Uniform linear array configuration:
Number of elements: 4
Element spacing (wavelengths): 0.25
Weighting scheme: binomial
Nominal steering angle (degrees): -15
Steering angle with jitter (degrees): -13.654
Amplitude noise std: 0.05
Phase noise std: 0.05

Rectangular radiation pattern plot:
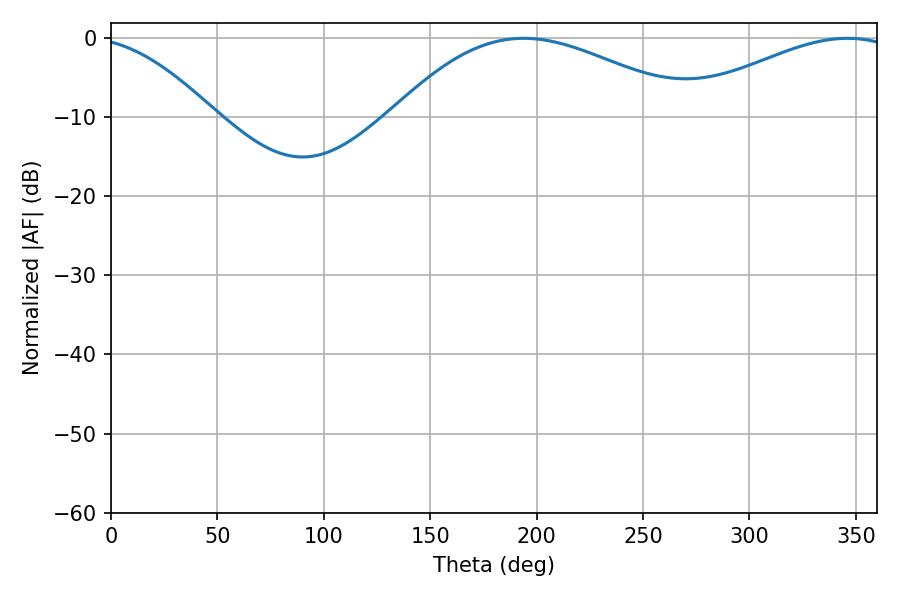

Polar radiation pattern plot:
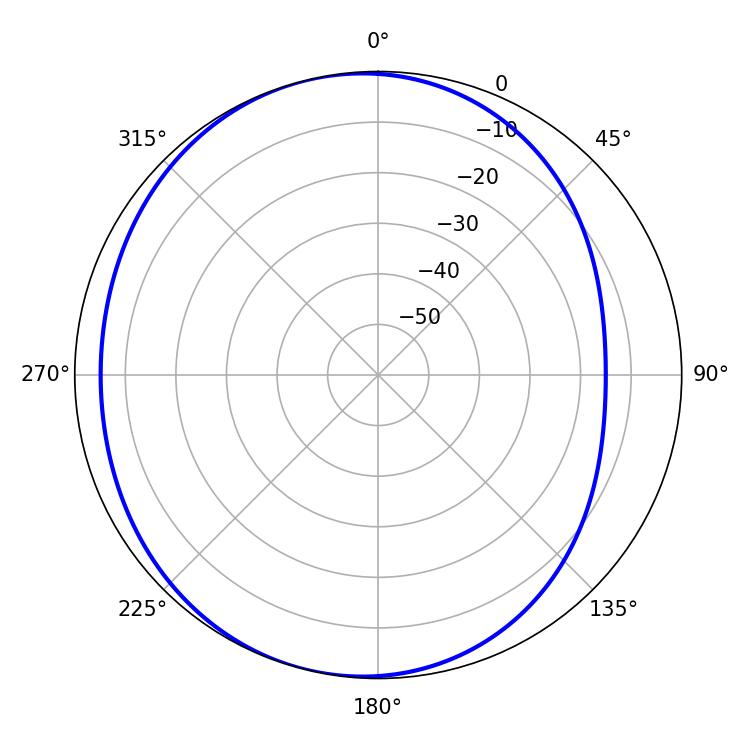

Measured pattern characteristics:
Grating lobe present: FALSE
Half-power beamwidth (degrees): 76.86
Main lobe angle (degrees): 193.86